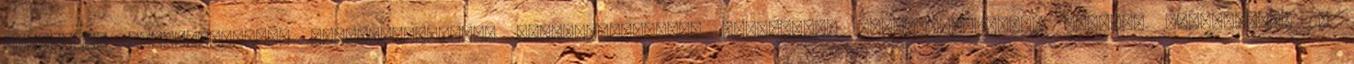
Kulcsszó: Szerszámgépek, Szerszámgyártás, Szerszámgyártás, -készítés, Szerszámkészítés Leírás: Vállalatunk 15